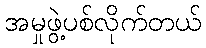
အမှုဖွဲ့ပစ်လိုက်တယ်